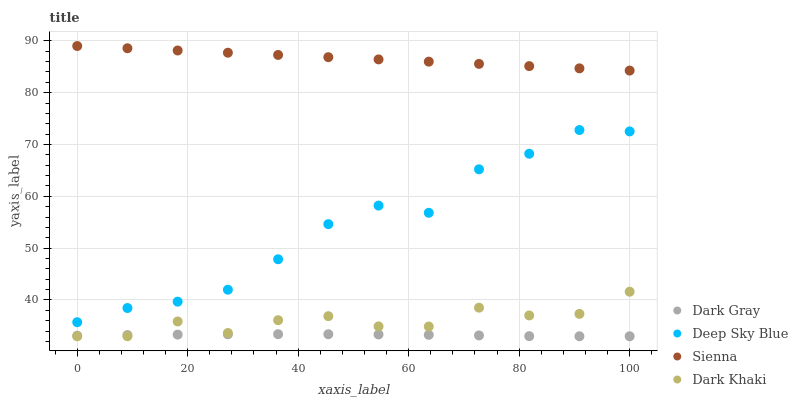
| xaxis_label | Dark Gray | Deep Sky Blue | Sienna | Dark Khaki |
 | --- | --- | --- | --- | --- |
 | 0 | 33.1 | 35.7 | 89 | 33 |
 | 9.09 | 33.2 | 38.4 | 88.6 | 33 |
 | 18.2 | 33.3 | 39.7 | 88.1 | 35.9 |
 | 27.3 | 33.4 | 42 | 87.7 | 33.6 |
 | 36.4 | 33.4 | 47.9 | 87.3 | 36.1 |
 | 45.5 | 33.4 | 54.6 | 86.8 | 36.9 |
 | 54.5 | 33.3 | 58.2 | 86.4 | 34.9 |
 | 63.6 | 33.3 | 56.8 | 86 | 34.9 |
 | 72.7 | 33.2 | 65.2 | 85.6 | 38.5 |
 | 81.8 | 33 | 68.2 | 85.1 | 37 |
 | 90.9 | 33 | 72.8 | 84.7 | 37.3 |
 | 100 | 33 | 72.5 | 84.3 | 41.6 |